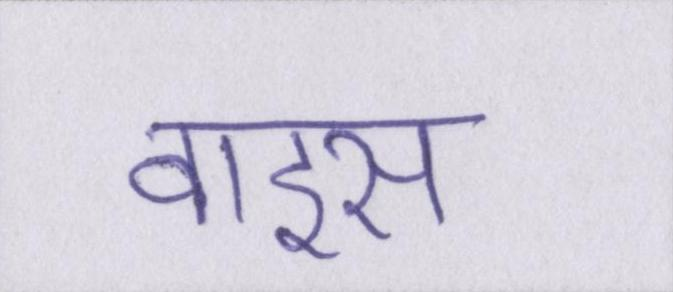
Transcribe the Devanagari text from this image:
वाइस